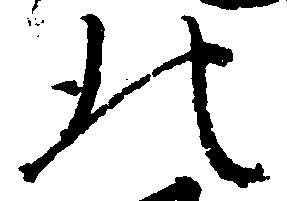
北